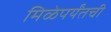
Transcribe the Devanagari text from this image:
मिळेपर्यंतची